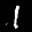
Label: 1